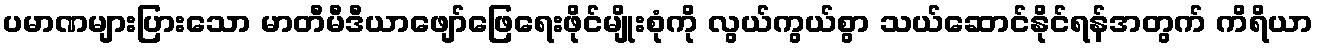
ပမာဏများပြားသော မာတီမီဒီယာဖျော်ဖြေရေးဖိုင်မျိုးစုံကို လွယ်ကွယ်စွာ သယ်ဆောင်နိုင်ရန်အတွက် ကိရိယာ